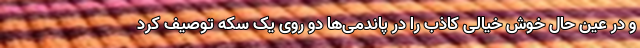
و در عین حال خوش خیالی کاذب را در پاندمی‌ها دو روی یک سکه توصیف کرد